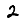
Digit: 2